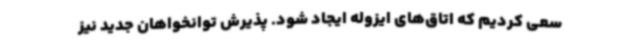
سعی کردیم که اتاق‌های ایزوله ایجاد شود. پذیرش توانخواهان جدید نیز